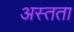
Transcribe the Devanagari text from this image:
अस्तता